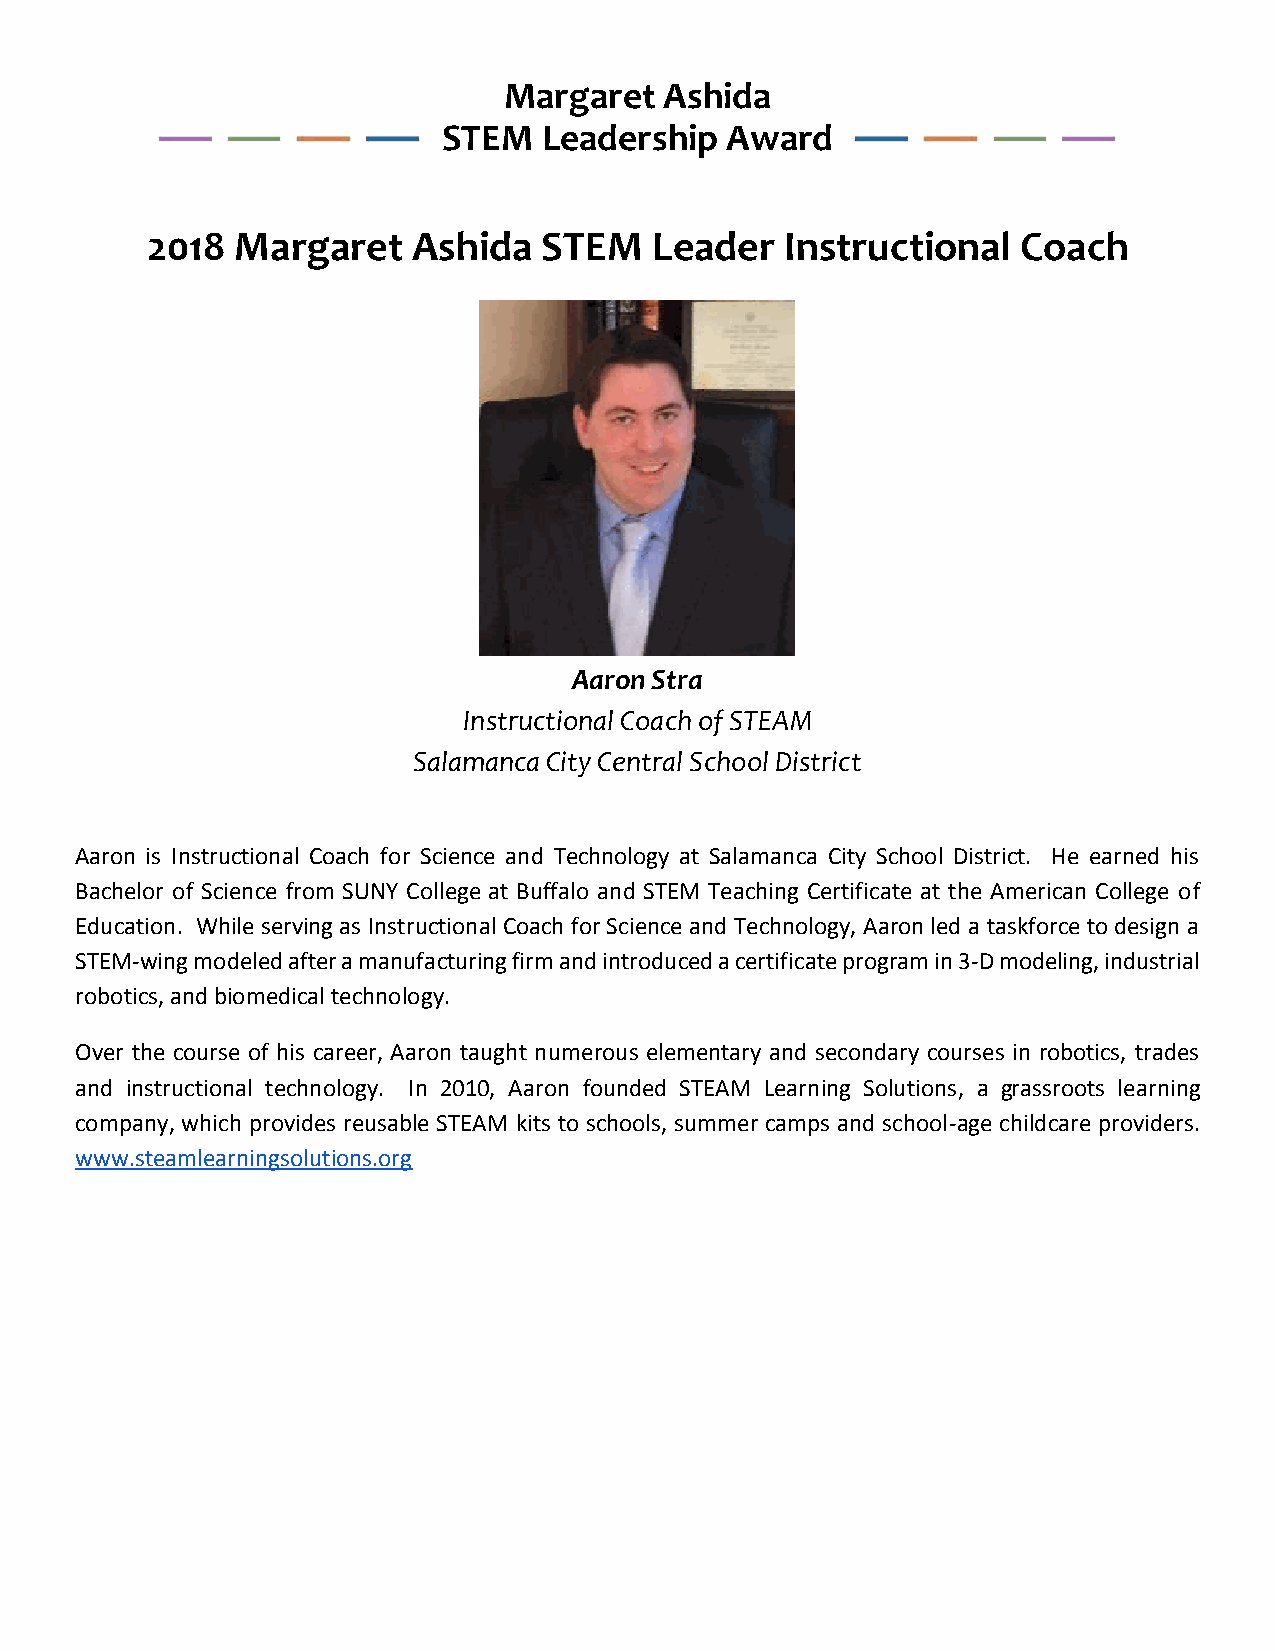
Margaret   Ashida
 STEM   Leadership  Award
 2018  Margaret   Ashida   STEM   Leader   Instructional   Coach
 Aaron Stra
 Instructional Coach of STEAM
 Salamanca City Central School District
 Aaron is Instructional Coach for Science and Technology at Salamanca City School District. He earned his
 Bachelor of Science from SUNY College at Buffalo and STEM Teaching Certificate at the American College of
 Education. While serving as Instructional Coach for Science and Technology, Aaron led a taskforce to design a
 STEM-wing modeled after a manufacturing firm and introduced a certificate program in 3-D modeling, industrial
 robotics, and biomedical technology.
 Over the course of his career, Aaron taught numerous elementary and secondary courses in robotics, trades
 and instructional technology. In 2010, Aaron founded STEAM Learning Solutions, a grassroots learning
 company, which provides reusable STEAM kits to schools, summer camps and school-age childcare providers.
 www.steamlearningsolutions.org